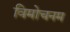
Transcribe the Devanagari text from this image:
विमोचनम